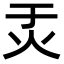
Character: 𬉶